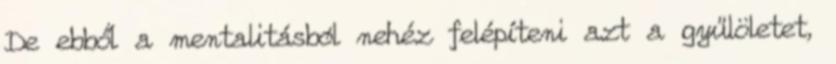
De ebből a mentalitásból nehéz felépíteni azt a gyűlöletet,